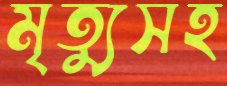
মৃত্যুসহ